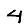
Digit: 4